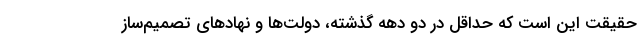
حقیقت این است که حداقل در دو دهه گذشته، دولت‌ها و نهادهای تصمیم‌ساز